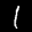
Label: 1